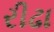
રીઢા